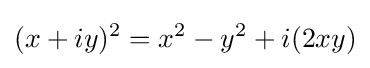
(x+iy)^{2}=x^{2}-y^{2}+i(2xy)